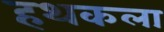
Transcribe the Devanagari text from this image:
हथकला